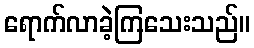
ရောက်လာခဲ့ကြသေးသည်။